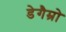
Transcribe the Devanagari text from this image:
डेगैम्रो